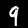
Label: 9